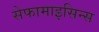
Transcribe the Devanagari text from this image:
सेफामाइसिन्स